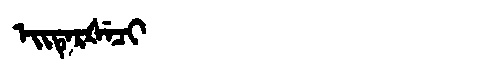
Manchu: ᡝᡳᡨᡝᡵᡧᡝᠴᡳ
Romanization: EITERŠECI